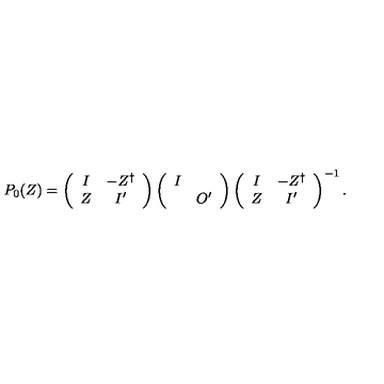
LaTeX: P _ { 0 } ( Z ) = \left( \begin{array} { c c } { I } & { - Z ^ { \dag } } \\ { Z } & { I ^ { \prime } } \\ \end{array} \right) \left( \begin{array} { c c } { I } & { } \\ { } & { O ^ { \prime } } \\ \end{array} \right) \left( \begin{array} { c c } { I } & { - Z ^ { \dag } } \\ { Z } & { I ^ { \prime } } \\ \end{array} \right) ^ { - 1 } .